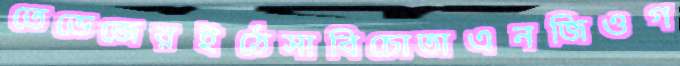
তেভেজেরইঠেসাবিচোতাএনজিওগ